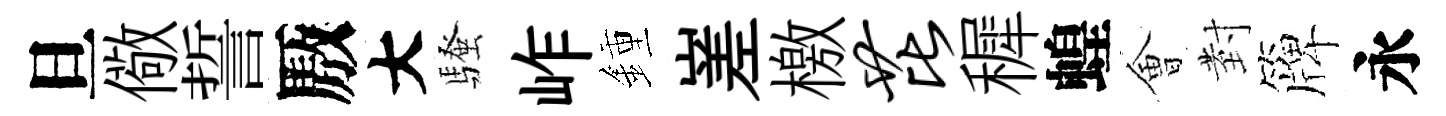
旦儆誓厫大騷岞鍾嵳檄芘穉蝗㑹𭔹簰永